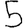
Digit: 5